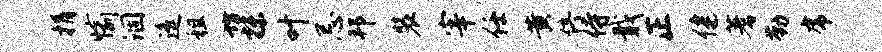
捐愉涸遥租坊抹叶忌邦装宰任黄停侍戢正健蓍勤虎